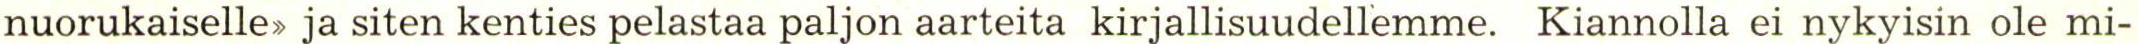
nuorukaiselle>, ja siten kenties pelastaa paljon aarteita kirjallisuudellemme. Kiannolla ei nykyisin ole mi-